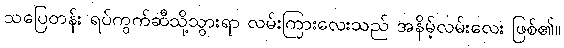
သပြေတန်း ရပ်ကွက်ဆီသို့သွားရာ လမ်းကြားလေးသည် အနိမ့်လမ်းလေး ဖြစ်၏။